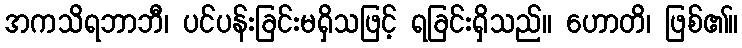
အကသိရဘာဘီ၊ ပင်ပန်းခြင်းမရှိသဖြင့် ရခြင်းရှိသည်။ ဟောတိ၊ ဖြစ်၏။